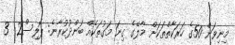
މިނިވަން 50ގެ ހަރަކާތްތަކަށް މާލޭގެ ގިނަ މަގުތަކެއް ބަންދުކުރާނެ: ޕޮލިސް2  3